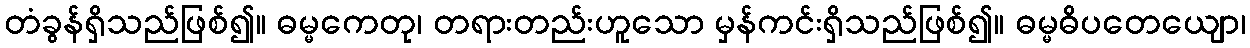
တံခွန်ရှိသည်ဖြစ်၍။ ဓမ္မကေတု၊ တရားတည်းဟူသော မှန်ကင်းရှိသည်ဖြစ်၍။ ဓမ္မဓိပတေယျော၊